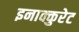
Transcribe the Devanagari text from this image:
इनाक्कुरेट